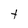
Character: t